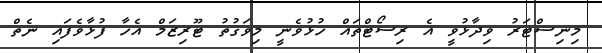
މިނިސްޓަރު ވިދާޅުވީ އެ ރިސޯޓްތައް ހުޅުވެނީ މިވަގުތު ޓޫރިޒަމް އެހާ ފުޅާވެފައި ނެތް